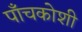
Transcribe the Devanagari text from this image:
पाँचकोशी